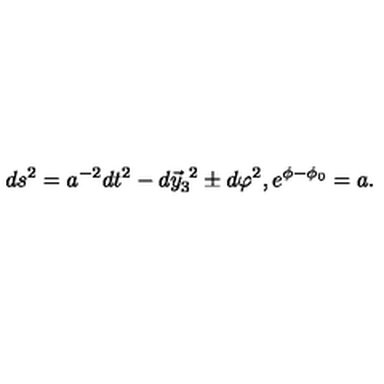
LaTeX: d s ^ { 2 } = a ^ { - 2 } d t ^ { 2 } - d \vec { y } _ { 3 } ^ { \ 2 } \pm d \varphi ^ { 2 } , e ^ { \phi - \phi _ { 0 } } = a .